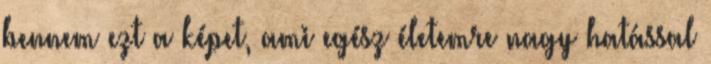
bennem ezt a képet, ami egész életemre nagy hatással